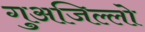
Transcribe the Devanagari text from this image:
गुअजिल्लो